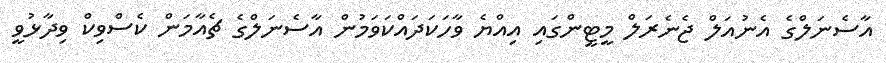
އާސެނަލްގެ އެނުއަލް ޖެނެރަލް މީޓީންގައި އިއްޔެ ވާހަކަދައްކަވަމުން އާސެނަލްގެ ޗެއާމަން ކެސްވިކް ވިދާޅުވީ